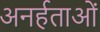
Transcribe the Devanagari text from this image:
अनर्हताओं